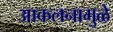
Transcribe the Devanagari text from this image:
आकलनामुळे